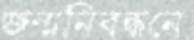
জন্মনিবন্ধনে